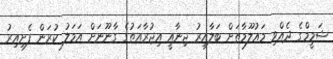
ޝަމީމްގެ ދެއްވި މައުލޫމާތަށް ބަލާއިރު ޖިނާއީ އިޖުރާއަތުގެ ގާނޫނަށް އަމަލު ކުރަން ފެށިއިރު